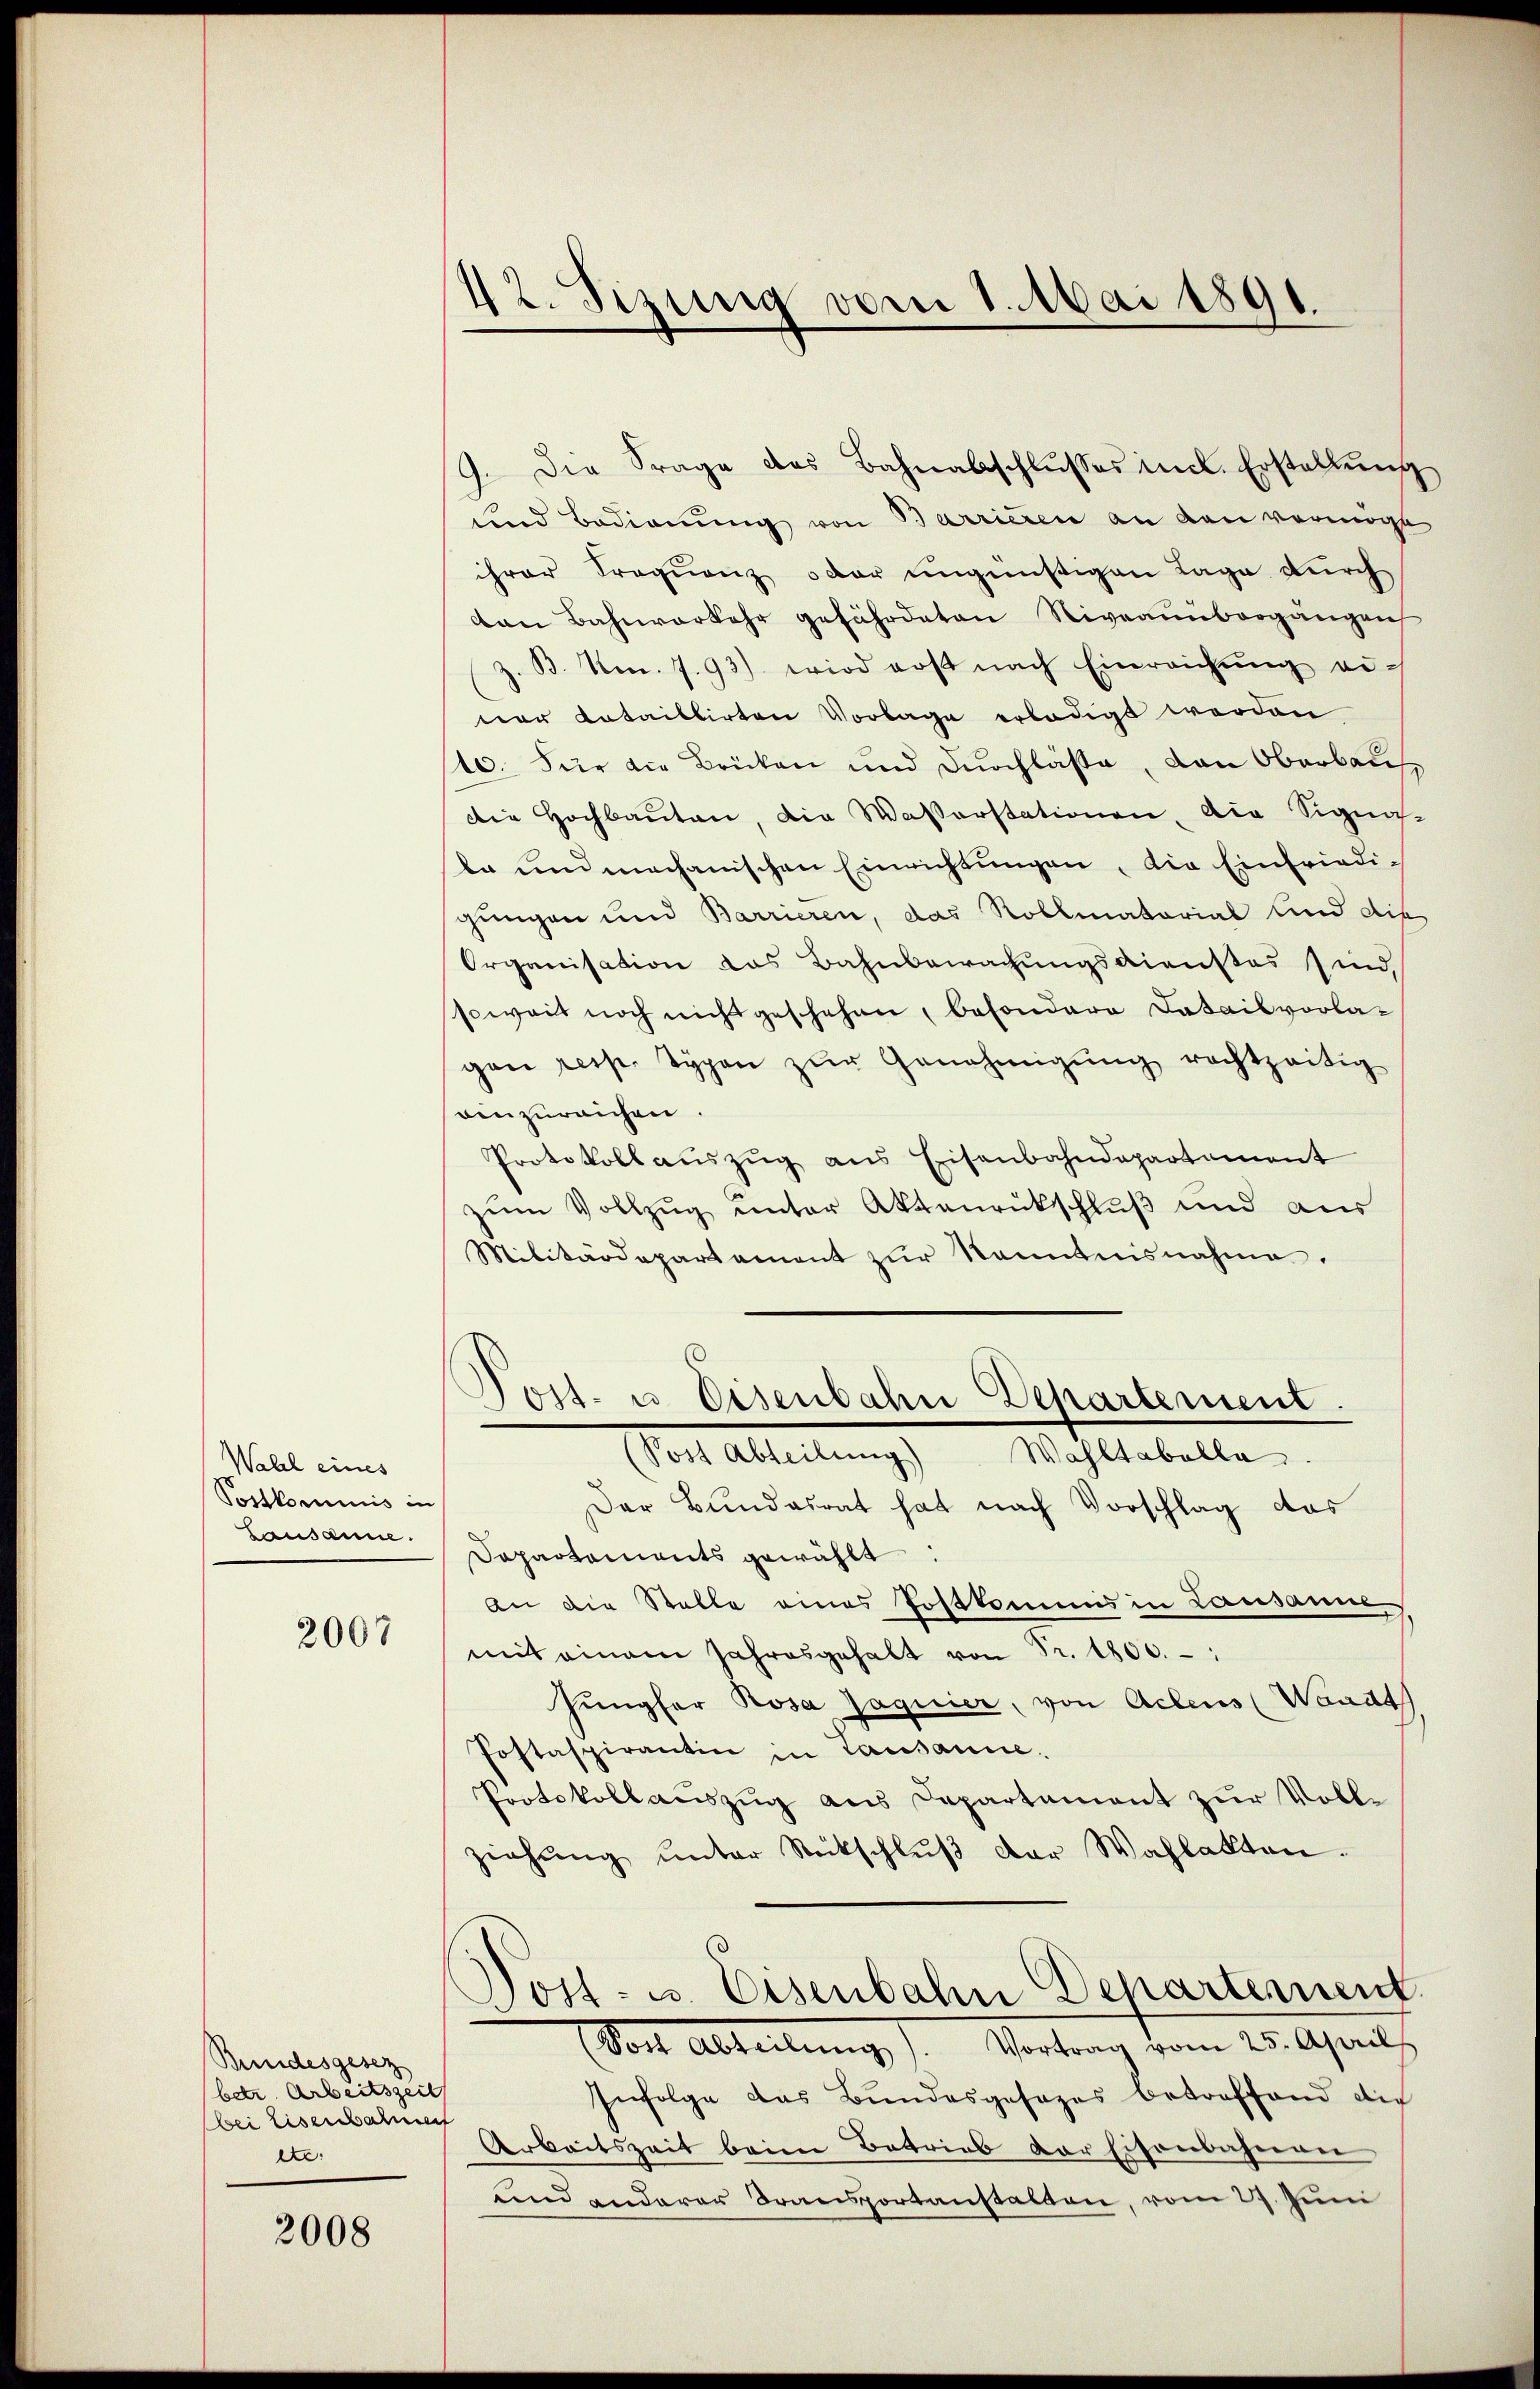
Walch eines
Postkommnis in
Lausanne.

2007

Bundesgesez
betr. Arbeitszeit
Bei Eisenbahnen
ete:

2008

42. Sizung vom 1. Mai 1891.

9. Die Frage des Bahnabschlŭsses incl. Erstellŭng
und Badienung von Barrieren an den vermöge
ihrer Frequenz oder ungünstigen Lage durch
ton Bahnverkehr gefährdeten Niveaunbergängen
z. B. No. 7.93) wird erst nach Einreichŭng ei-
ner tataillirten Vorlage erledigt werden
10. Für die Brücken und durchläse, den Oberbaus
Die Hochbauten, die Waßerstationen, die Signas-
ta und mechanischen Einrichtungen, die Einfriedigungen und Barrieren, das Rollmatorial und die
Organisation das Bahnbewachungsdienstes sind,
soweit noch nicht geschehen, besondere Datailvorlagan resp. Typen zŭr Genehmigŭng rechtzeitig
einzureichen.
Protokoll aŭszŭg ans Eisenbahndepartement
zum Vollzug unter Aktenrückschluß und aus
Militärdepartament zŭr Kenntnisnahme.
Post- u. Eisenbahn Dehartement.
(Post Abteilung) Wahltabelle.
Der Bundesrat hat nach Vorschlag das
Dapartements gewählt:
An die Stalle eines Postkommnis in Lausanne
mit einem Jahresgehalt von Fr. 1800.
Jungfer Rosa Jaguier, von Actens (Waadt
Postaspirantin in Lausanne.
Protokollaŭszŭg aŭs Departement zŭr Volle
ziehŭng ŭnter Rückschlŭβ der Wahlakten.
Post- u. Eisenbahn Departement
(doch Abteilung). Vortrag vom 25. April
Infolge das Bundesgesezes betreffend die
Arbeitszeit beim Betrieb der Eisenbahnen
und anderer Transportanstalten, vom 27. Juni